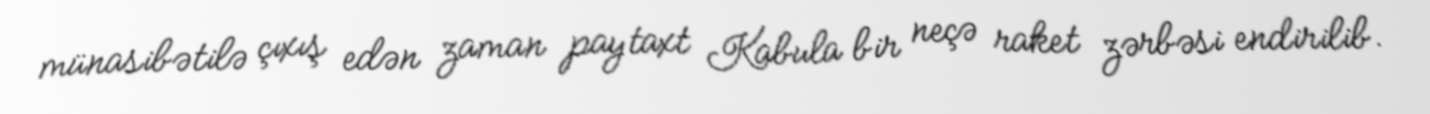
münasibətilə çıxış edən zaman paytaxt Kabula bir neçə raket zərbəsi endirilib.